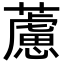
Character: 藘